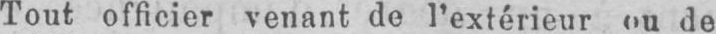
Tout officier venant de l’extérieur ou de